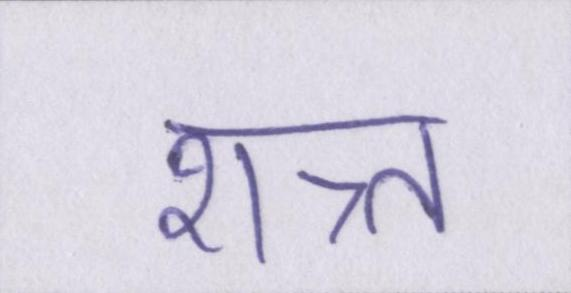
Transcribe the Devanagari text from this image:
शत्र्त